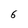
Character: 6